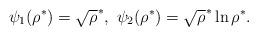
LaTeX: \begin{align*}\psi_1(\rho^*)=\sqrt \rho^*,\ \psi_2(\rho^*)= \sqrt \rho^*\ln \rho^*.\end{align*}